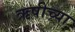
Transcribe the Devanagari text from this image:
ऋषीच्या